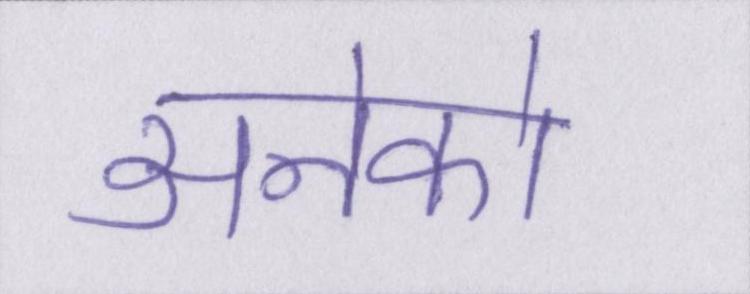
अनेको